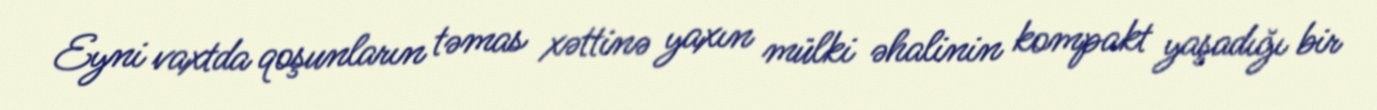
Eyni vaxtda qoşunların təmas xəttinə yaxın mülki əhalinin kompakt yaşadığı bir